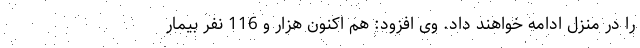
را در منزل ادامه خواهند داد. وی افزود: هم اکنون هزار و 116 نفر بیمار